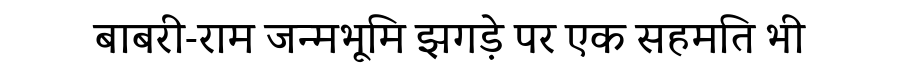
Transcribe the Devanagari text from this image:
बाबरी-राम जन्मभूमि झगड़े पर एक सहमति भी